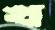
খ